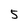
Character: 5